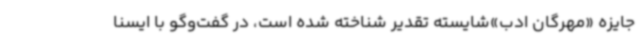
جایزه «مهرگان ادب»شایسته تقدیر شناخته‌ شده است، در گفت‌وگو با ایسنا